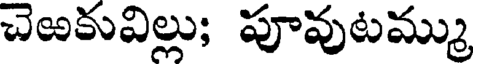
చెఱకువిల్లు; పూవుటమ్ము